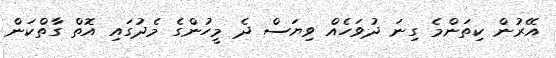
އޭރުން ކިތަންމެ ގިނަ ދުވަހެއް ވިޔަސް ދެ މީހުންގެ މެދުގައި އޮތް ގާތްކަން